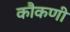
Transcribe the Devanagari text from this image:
कौकणी